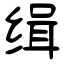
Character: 缉